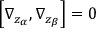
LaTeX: \left[ \nabla _ { z _ { \alpha } } , \nabla _ { z _ { \beta } } \right] = 0